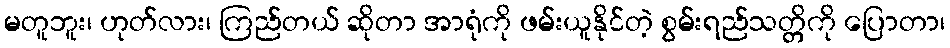
မတူဘူး၊ ဟုတ်လား၊ ကြည်တယ် ဆိုတာ အာရုံကို ဖမ်းယူနိုင်တဲ့ စွမ်းရည်သတ္တိကို ပြောတာ၊